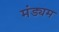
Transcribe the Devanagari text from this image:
मंड्यम